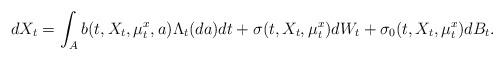
LaTeX: \begin{align*}dX_t = \int_Ab(t,X_t,\mu^x_t,a)\Lambda_t(da)dt + \sigma(t,X_t,\mu^x_t)dW_t + \sigma_0(t,X_t,\mu^x_t)dB_t. \end{align*}